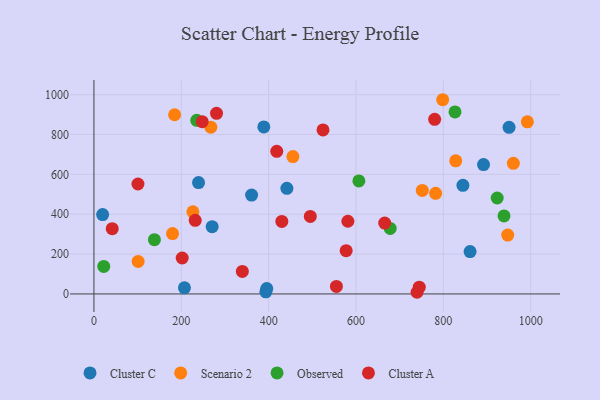
{"axis": {"x": "Speed", "y": "Yield"}, "legend": ["Cluster A", "Cluster C", "Observed", "Scenario 2"], "data": [{"x": "389.0", "y": 838.4, "type": "Cluster C"}, {"x": "239.5", "y": 559.1, "type": "Cluster C"}, {"x": "393.6", "y": 10.7, "type": "Cluster C"}, {"x": "950.5", "y": 836.1, "type": "Cluster C"}, {"x": "892.0", "y": 649.5, "type": "Cluster C"}, {"x": "861.2", "y": 212.7, "type": "Cluster C"}, {"x": "441.8", "y": 530.3, "type": "Cluster C"}, {"x": "844.8", "y": 544.9, "type": "Cluster C"}, {"x": "19.9", "y": 398.3, "type": "Cluster C"}, {"x": "361.0", "y": 496.0, "type": "Cluster C"}, {"x": "207.2", "y": 30.8, "type": "Cluster C"}, {"x": "270.7", "y": 337.6, "type": "Cluster C"}, {"x": "395.7", "y": 27.1, "type": "Cluster C"}, {"x": "226.6", "y": 412.2, "type": "Scenario 2"}, {"x": "180.0", "y": 302.9, "type": "Scenario 2"}, {"x": "267.6", "y": 836.7, "type": "Scenario 2"}, {"x": "828.4", "y": 668.2, "type": "Scenario 2"}, {"x": "751.8", "y": 519.3, "type": "Scenario 2"}, {"x": "455.6", "y": 689.4, "type": "Scenario 2"}, {"x": "101.2", "y": 163.0, "type": "Scenario 2"}, {"x": "782.3", "y": 504.8, "type": "Scenario 2"}, {"x": "184.7", "y": 899.2, "type": "Scenario 2"}, {"x": "798.5", "y": 974.7, "type": "Scenario 2"}, {"x": "992.4", "y": 863.8, "type": "Scenario 2"}, {"x": "947.4", "y": 295.7, "type": "Scenario 2"}, {"x": "960.3", "y": 655.5, "type": "Scenario 2"}, {"x": "678.3", "y": 328.6, "type": "Observed"}, {"x": "923.3", "y": 481.6, "type": "Observed"}, {"x": "826.7", "y": 913.7, "type": "Observed"}, {"x": "22.5", "y": 138.3, "type": "Observed"}, {"x": "938.9", "y": 391.7, "type": "Observed"}, {"x": "138.5", "y": 272.5, "type": "Observed"}, {"x": "235.4", "y": 871.2, "type": "Observed"}, {"x": "606.6", "y": 567.0, "type": "Observed"}, {"x": "339.8", "y": 113.1, "type": "Cluster A"}, {"x": "524.5", "y": 823.1, "type": "Cluster A"}, {"x": "555.2", "y": 37.6, "type": "Cluster A"}, {"x": "202.1", "y": 180.5, "type": "Cluster A"}, {"x": "231.9", "y": 369.4, "type": "Cluster A"}, {"x": "581.4", "y": 364.9, "type": "Cluster A"}, {"x": "280.7", "y": 906.5, "type": "Cluster A"}, {"x": "41.9", "y": 327.6, "type": "Cluster A"}, {"x": "100.8", "y": 551.7, "type": "Cluster A"}, {"x": "739.8", "y": 8.4, "type": "Cluster A"}, {"x": "744.9", "y": 34.1, "type": "Cluster A"}, {"x": "247.9", "y": 864.6, "type": "Cluster A"}, {"x": "430.2", "y": 364.0, "type": "Cluster A"}, {"x": "780.1", "y": 876.1, "type": "Cluster A"}, {"x": "577.5", "y": 217.2, "type": "Cluster A"}, {"x": "665.7", "y": 355.5, "type": "Cluster A"}, {"x": "495.4", "y": 389.1, "type": "Cluster A"}, {"x": "418.6", "y": 715.5, "type": "Cluster A"}]}